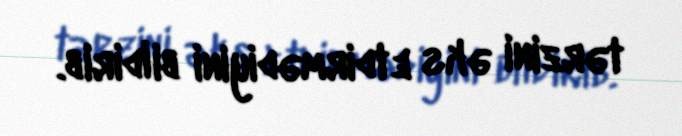
tərzini əks etdirmədiyini bildirib.